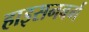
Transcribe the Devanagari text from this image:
हाइसनबर्ग